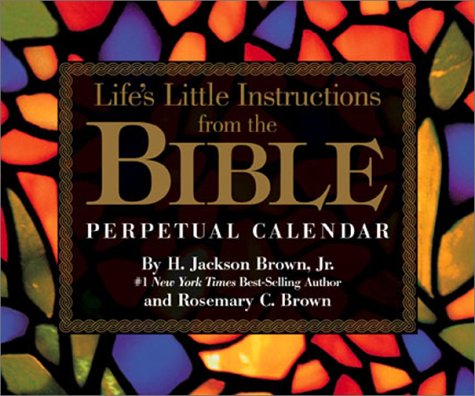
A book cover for Life's Little Instructions From The Bible Perpetual Calendar; Brown Jr; Calendars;